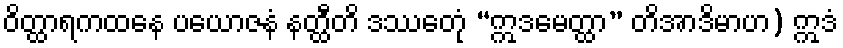
ဝိတ္ထာရကထနေ ပယောဇနံ နတ္ထီတိ ဒဿေတုံ “ဣဒမေတ္ထာ” တိအာဒိမာဟ) ဣဒံ